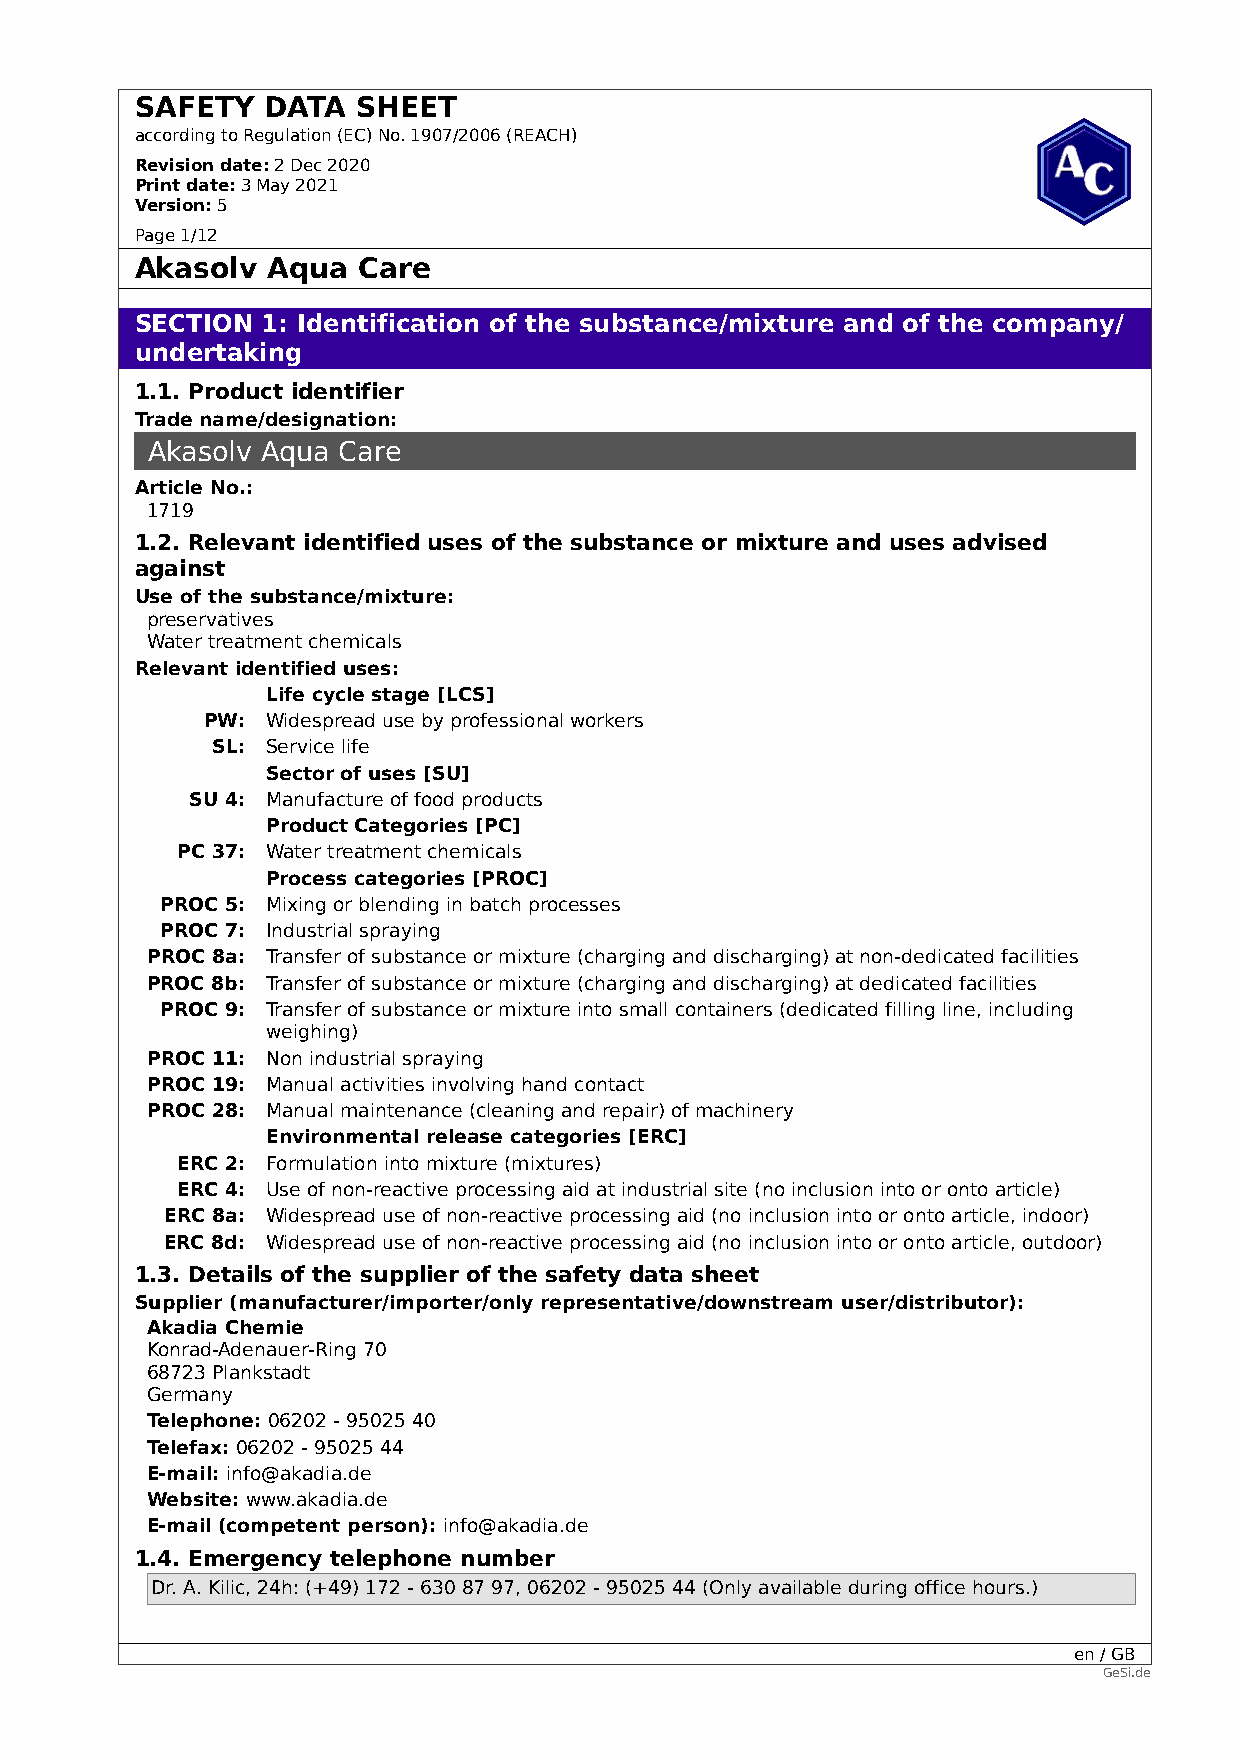
SAFETY   DATA  SHEET
 according to Regulation (EC) No. 1907/2006 (REACH)
 Revision date:2 Dec 2020
 Print date:3 May 2021
 Version:5
 Page 1/12
 Akasolv  Aqua  Care
 SECTION 1: Identification of the substance/mixture and of the company/
 undertaking
 1.1. Product identifier
 Trade name/designation:
 Akasolv Aqua Care
 Article No.:
 1719
 1.2. Relevant identified uses of the substance or mixture and uses advised
 against
 Use of the substance/mixture:
 preservatives
 Water treatment chemicals
 Relevant identified uses:
 Life cycle stage [LCS]
 PW:  Widespread use by professional workers
 SL: Service life
 Sector of uses [SU]
 SU 4: Manufacture of food products
 Product Categories [PC]
 PC 37: Water treatment chemicals
 Process categories [PROC]
 PROC 5: Mixing or blending in batch processes
 PROC 7: Industrial spraying
 PROC 8a: Transfer of substance or mixture (charging and discharging) at non-dedicated facilities
 PROC 8b: Transfer of substance or mixture (charging and discharging) at dedicated facilities
 PROC 9: Transfer of substance or mixture into small containers (dedicated filling line, including
 weighing)
 PROC 11: Non industrial spraying
 PROC 19: Manual activities involving hand contact
 PROC 28: Manual maintenance (cleaning and repair) of machinery
 Environmental release categories [ERC]
 ERC 2: Formulation into mixture (mixtures)
 ERC 4: Use of non-reactive processing aid at industrial site (no inclusion into or onto article)
 ERC 8a: Widespread use of non-reactive processing aid (no inclusion into or onto article, indoor)
 ERC 8d: Widespread use of non-reactive processing aid (no inclusion into or onto article, outdoor)
 1.3. Details of the supplier of the safety data sheet
 Supplier (manufacturer/importer/only representative/downstream user/distributor):
 Akadia Chemie
 Konrad-Adenauer-Ring 70
 68723 Plankstadt
 Germany
 Telephone: 06202 - 95025 40
 Telefax: 06202 - 95025 44
 E-mail: info@akadia.de
 Website: www.akadia.de
 E-mail (competent person): info@akadia.de
 1.4. Emergency telephone number
 Dr. A. Kilic, 24h: (+49) 172 - 630 87 97, 06202 - 95025 44 (Only available during office hours.)
 en / GB
 GeSi.de